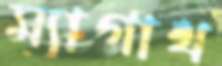
ম্যাগাথ